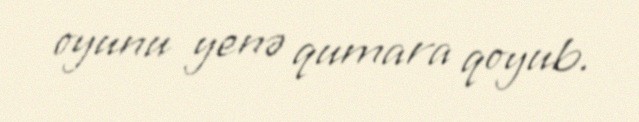
oyunu yenə qumara qoyub.